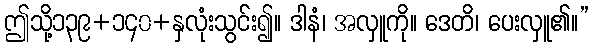
ဤသို့၁၃၉+၁၄၀+နှလုံးသွင်း၍။ ဒါနံ၊ အလှူကို။ ဒေတိ၊ ပေးလှူ၏။”